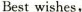
Best wishes,